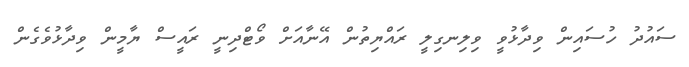
ސައުދު ހުސައިން ވިދާޅުވީ ވިލިނގިލީ ރައްޔިތުން އޭނާއަށް ވޯޓްދިނީ ރައީސް ޔާމީން ވިދާޅުވެގެން